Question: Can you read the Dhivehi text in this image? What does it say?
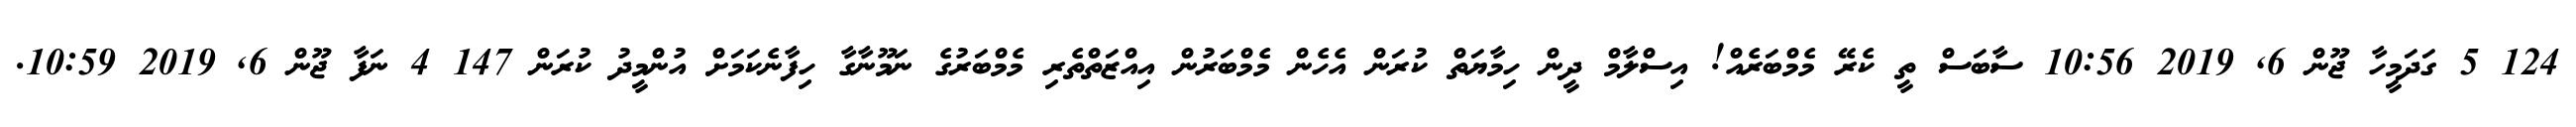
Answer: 124 5 ގަދަމީހާ ޖޫން 6, 2019 10:56 ސާބަސް ތީ ކެރޭ މެމްބަރެއް! އިސްލާމް ދީން ހިމާޔަތް ކުރަން އެހެން މެމްބަރުން އިއްޒަތްތެރި މެމްބަރުގެ ނަމޫނާގާ ހިފާނެކަމަށް އުންމީދު ކުރަން 147 4 ނަފާ ޖޫން 6, 2019 10:59.